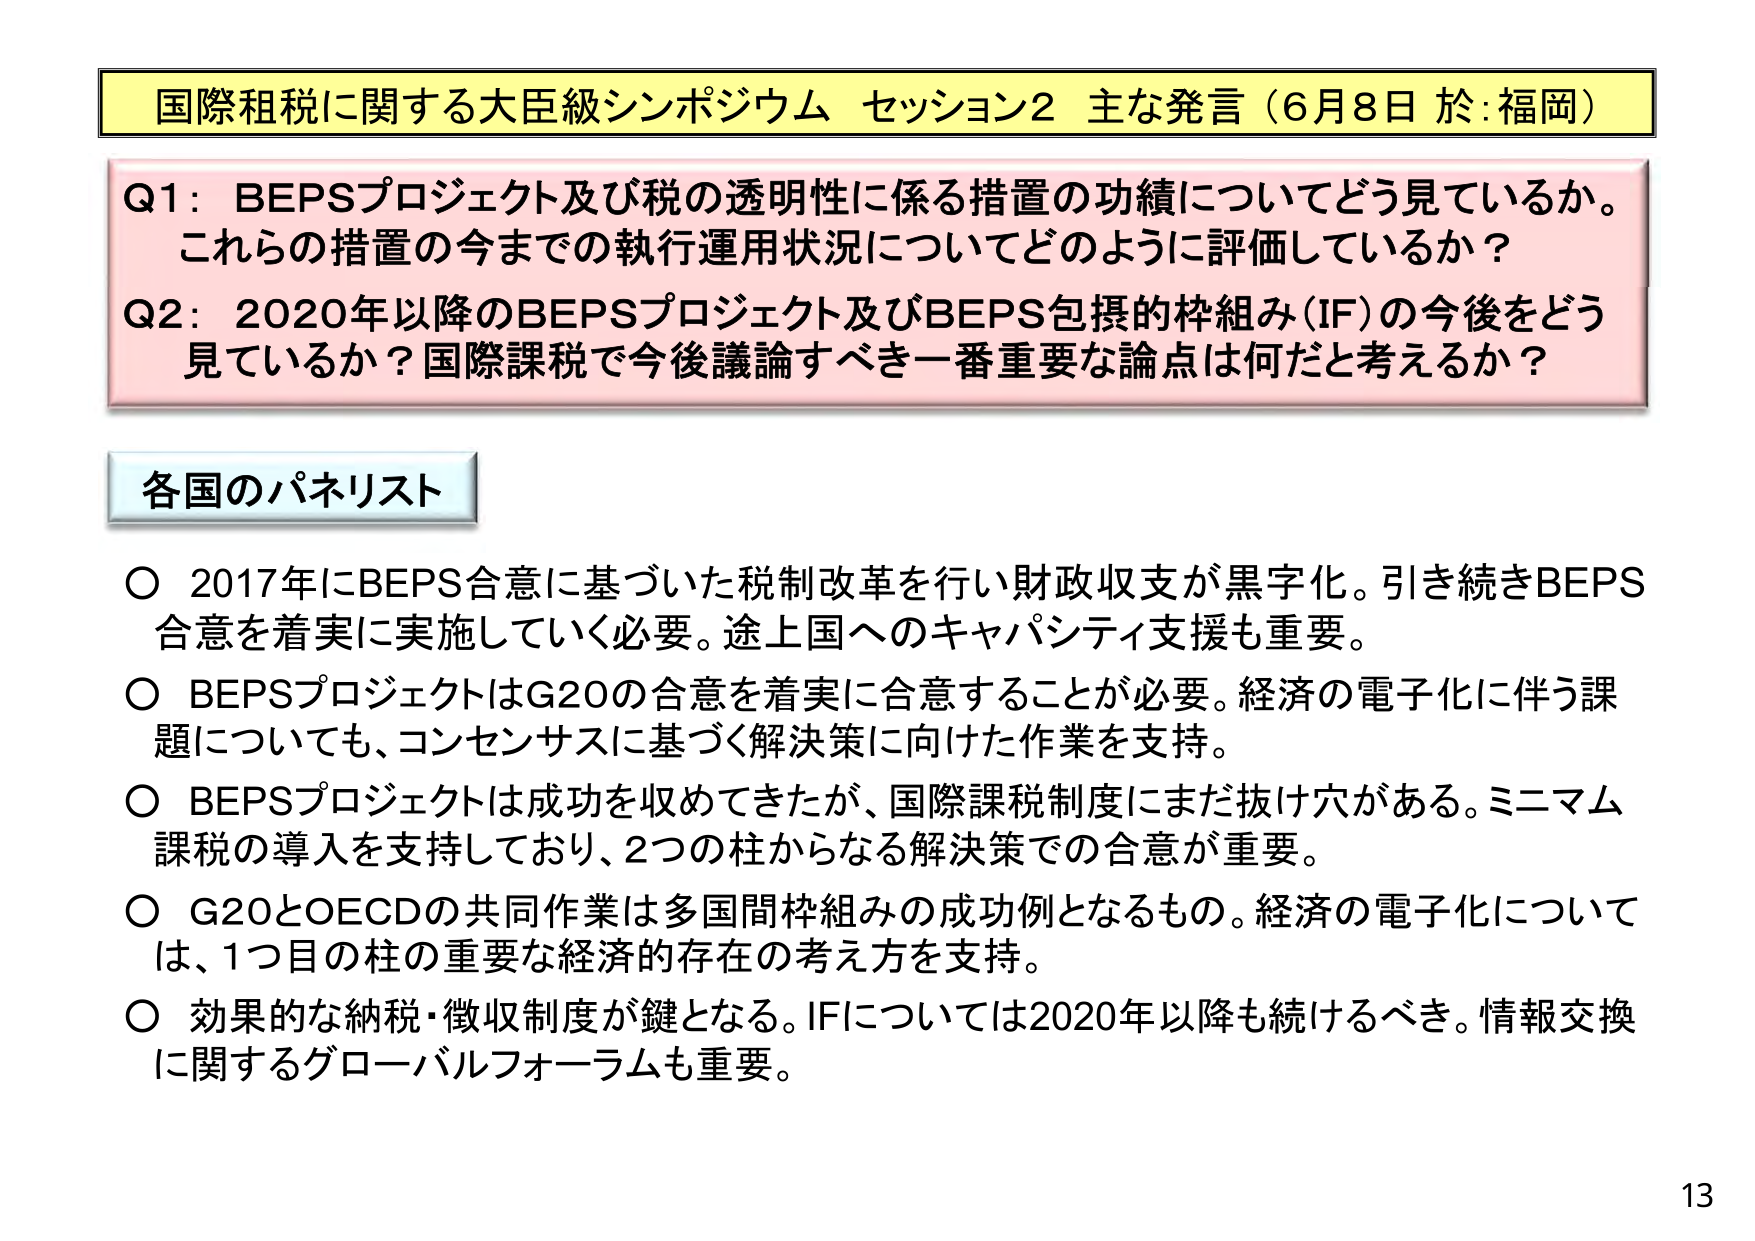
国際租税に関する大臣級シンポジウム セッション2 主な発言（6月8日 於：福岡）

Q1：BEPSプロジェクト及び税の透明性に係る措置の功績についてどう見ているか。これらの措置の今までの執行運用状況についてどのように評価しているか？

Q2：2020年以降のBEPSプロジェクト及びBEPS包摂的枠組み（IF）の今後をどう見ているか？国際課税で今後議論すべき一番重要な論点は何だと考えるか？

各国のパネリスト

○ 2017年にBEPS合意に基づいた税制改革を行い財政収支が黒字化。引き続きBEPS合意を着実に実施していく必要。途上国へのキャパシティ支援も重要。

○ BEPSプロジェクトはG20の合意を着実に合意することが必要。経済の電子化に伴う課題についても、コンセンサスに基づく解決策に向けた作業を支持。

○ BEPSプロジェクトは成功を収めてきたが、国際課税制度にまだ抜け穴がある。ミニマム課税の導入を支持しており、2つの柱からなる解決策での合意が重要。

○ G20とOECDの共同作業は多国間枠組みの成功例となるもの。経済の電子化については、1つ目の柱の重要な経済的存在の考え方を支持。

○ 効果的な納税・徴収制度が鍵となる。IFについては2020年以降も続けるべき。情報交換に関するグローバルフォーラムも重要。

13